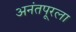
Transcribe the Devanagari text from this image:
अनंतपूरला